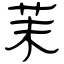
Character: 茉